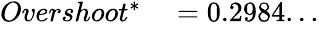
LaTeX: \begin{array}{rl}{Overshoot^{*}}&{{}=0.2984...}\end{array}